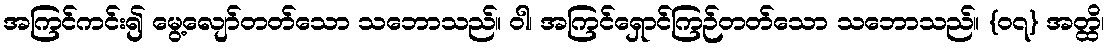
အကြင်ကင်း၍ မွေ့လျော်တတ်သော သဘောသည်။ ဝါ၊ အကြင်ရှောင်ကြဉ်တတ်သော သဘောသည်။ {၀၇} အတ္ထိ၊